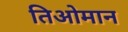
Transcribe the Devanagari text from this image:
तिओमान